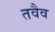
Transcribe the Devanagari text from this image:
तवैव